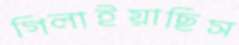
গিলাইয়াছিস